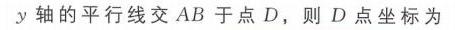
$y$轴的平行线交$AB$于点$D$，则$D$点坐标为